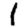
Digit: 1